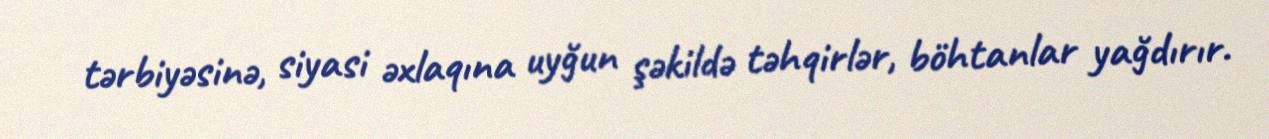
tərbiyəsinə, siyasi əxlaqına uyğun şəkildə təhqirlər, böhtanlar yağdırır.